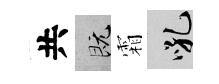
共既霜吼